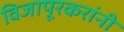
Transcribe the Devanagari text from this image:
विजापूरकरांनी